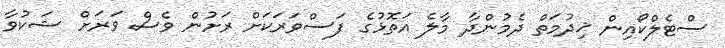
ސްޓެލްކޯއިން ޚިދުމަތް ދެމުންދާ މާލެ އަތޮޅުގެ ފަސްވަރަކަށް ރަށުން ވެސް ވަރަށް ޝަކުވާ